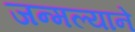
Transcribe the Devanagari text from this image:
जन्मल्याने